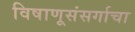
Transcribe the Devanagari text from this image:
विषाणूसंसर्गाचा